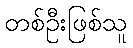
တစ်ဦးဖြစ်သူ